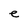
Character: e